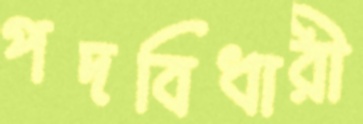
পদবিধারী